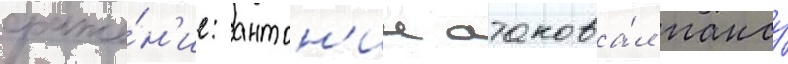
сраже́н'ие: антон'ии атакова́л пансу